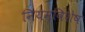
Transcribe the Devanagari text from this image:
नियमविशेष